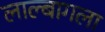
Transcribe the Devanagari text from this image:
लाल्बागला